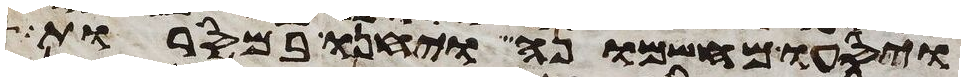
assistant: ויסעו מחשמונה ויחנו במסרות